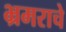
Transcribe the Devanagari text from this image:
भ्रमराचे